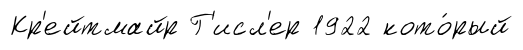
Кр'ейтмайр Г'исл'ер 1922 кото́рый